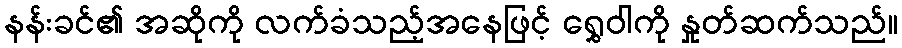
နန်းခင်၏ အဆိုကို လက်ခံသည့်အနေဖြင့် ရွှေဝါကို နှုတ်ဆက်သည်။